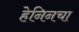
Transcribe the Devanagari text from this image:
हेनिनचा